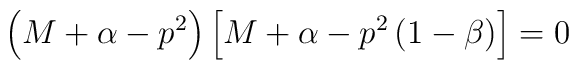
\left( M+\alpha -p^2\right) \left[ M+\alpha -p^2\left( 1-\beta\right) \right] =0